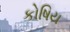
કોષિય